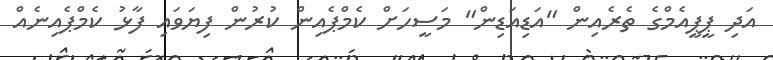
އަދި ޕީޕީއެމްގެ ތެރެއިން "އަޑިއަޑިން" މަސީހަށް ކެމްޕެއިން ކުރުން ފިޔަވައި ފާޅު ކެމްޕެއިނެއް